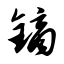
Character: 镝